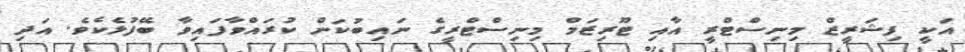
އަކީ ފިޝަރީޒް މިނިސްޓްރީ އާއި ޓޫރިޒަމް މިނިސްޓްރީގެ ނައިބުކަން ކުރައްވާފައިވާ ބޭފުޅެކެވެ. އަދި